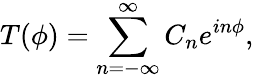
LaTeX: T(\phi)=\sum_{n=-\infty}^{\infty}C_{n}e^{in\phi},